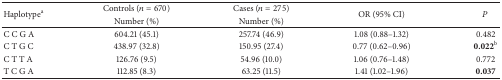
| <ROWSPAN=2> Haplotypea | Controls (n = 670) | Cases (n = 275) | <ROWSPAN=2> OR (95% CI) | <ROWSPAN=2> P |
 | Number (%) | Number (%) |
 | --- | --- | --- | --- | --- |
 | C C G A | 604.21 (45.1) | 257.74 (46.9) | 1.08 (0.88–1.32) | 0.482 |
 | C T G C | 438.97 (32.8) | 150.95 (27.4) | 0.77 (0.62–0.96) | 0.022b |
 | C T T A | 126.76 (9.5) | 54.96 (10.0) | 1.06 (0.76–1.48) | 0.772 |
 | T C G A | 112.85 (8.3) | 63.25 (11.5) | 1.41 (1.02–1.96) | 0.037 |